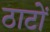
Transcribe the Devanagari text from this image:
ठाटों